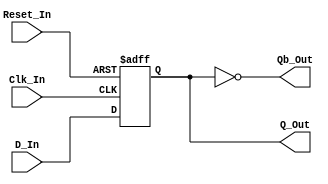
/*
Verilog Code to implement a D Flip Flop.



Author : Prasad Narayan Ghatol
*/



module D_Flip_Flop (
    input      Clk_In,
    input      Reset_In,

    input      D_In,
    output reg Q_Out,
    output     Qb_Out
);



// --------------------------------------------------
// Assignments
// --------------------------------------------------
assign Qb_Out = ~Q_Out;



// --------------------------------------------------
// D Flip Flop
// --------------------------------------------------
always @ (negedge Clk_In or posedge Reset_In)
    begin
        if (Reset_In)
            begin
                Q_Out <= 1'b0;
            end
        else
            begin
                Q_Out <= D_In;
            end
    end



endmodule